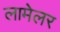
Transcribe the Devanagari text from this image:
लामेलर